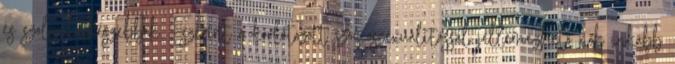
és szolgálatkészebbek. Eszerint a korlátozott szocioszexualitással jellemezhető nők inkább